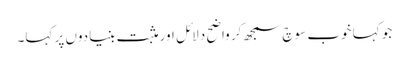
جو کہا خوب سوچ سمجھ کر واضح دلائل اور مثبت بنیادوں پر کہا۔